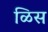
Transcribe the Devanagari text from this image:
ळिस